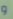
و